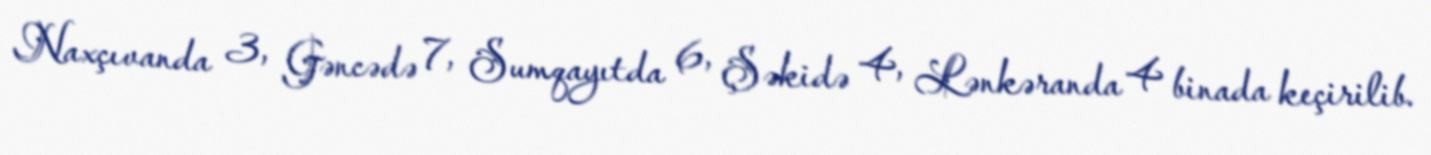
Naxçıvanda 3, Gəncədə 7, Sumqayıtda 6, Şəkidə 4, Lənkəranda 4 binada keçirilib.